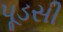
પૂડસી